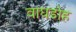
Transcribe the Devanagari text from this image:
वाघडोह